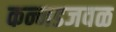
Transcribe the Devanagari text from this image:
कन्नडजवळ